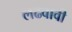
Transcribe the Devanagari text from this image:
लढवावी